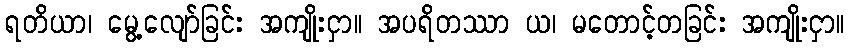
ရတိယာ၊ မွေ့လျော်ခြင်း အကျိုးငှာ။ အပရိတဿာ ယ၊ မတောင့်တခြင်း အကျိုးငှာ။